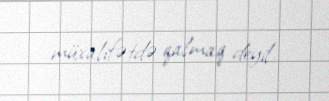
müxalifətdə qalmaq deyil.